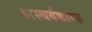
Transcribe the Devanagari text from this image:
आस्चर्यकारक